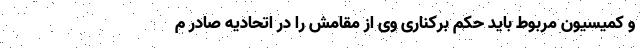
و کمیسیون مربوط باید حکم برکناری وی از مقامش را در اتحادیه صادر م